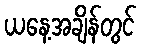
ယနေ့အချိန်တွင်